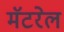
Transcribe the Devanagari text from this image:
मॅटरेल